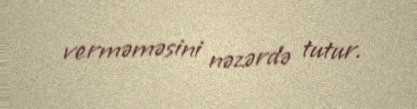
verməməsini nəzərdə tutur.